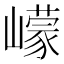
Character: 㠓